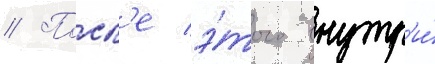
// Посл'е э́того внутр'и́